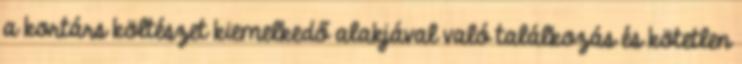
a kortárs költészet kiemelkedő alakjával való találkozás és kötetlen